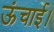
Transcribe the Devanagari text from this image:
ऊंचाई।